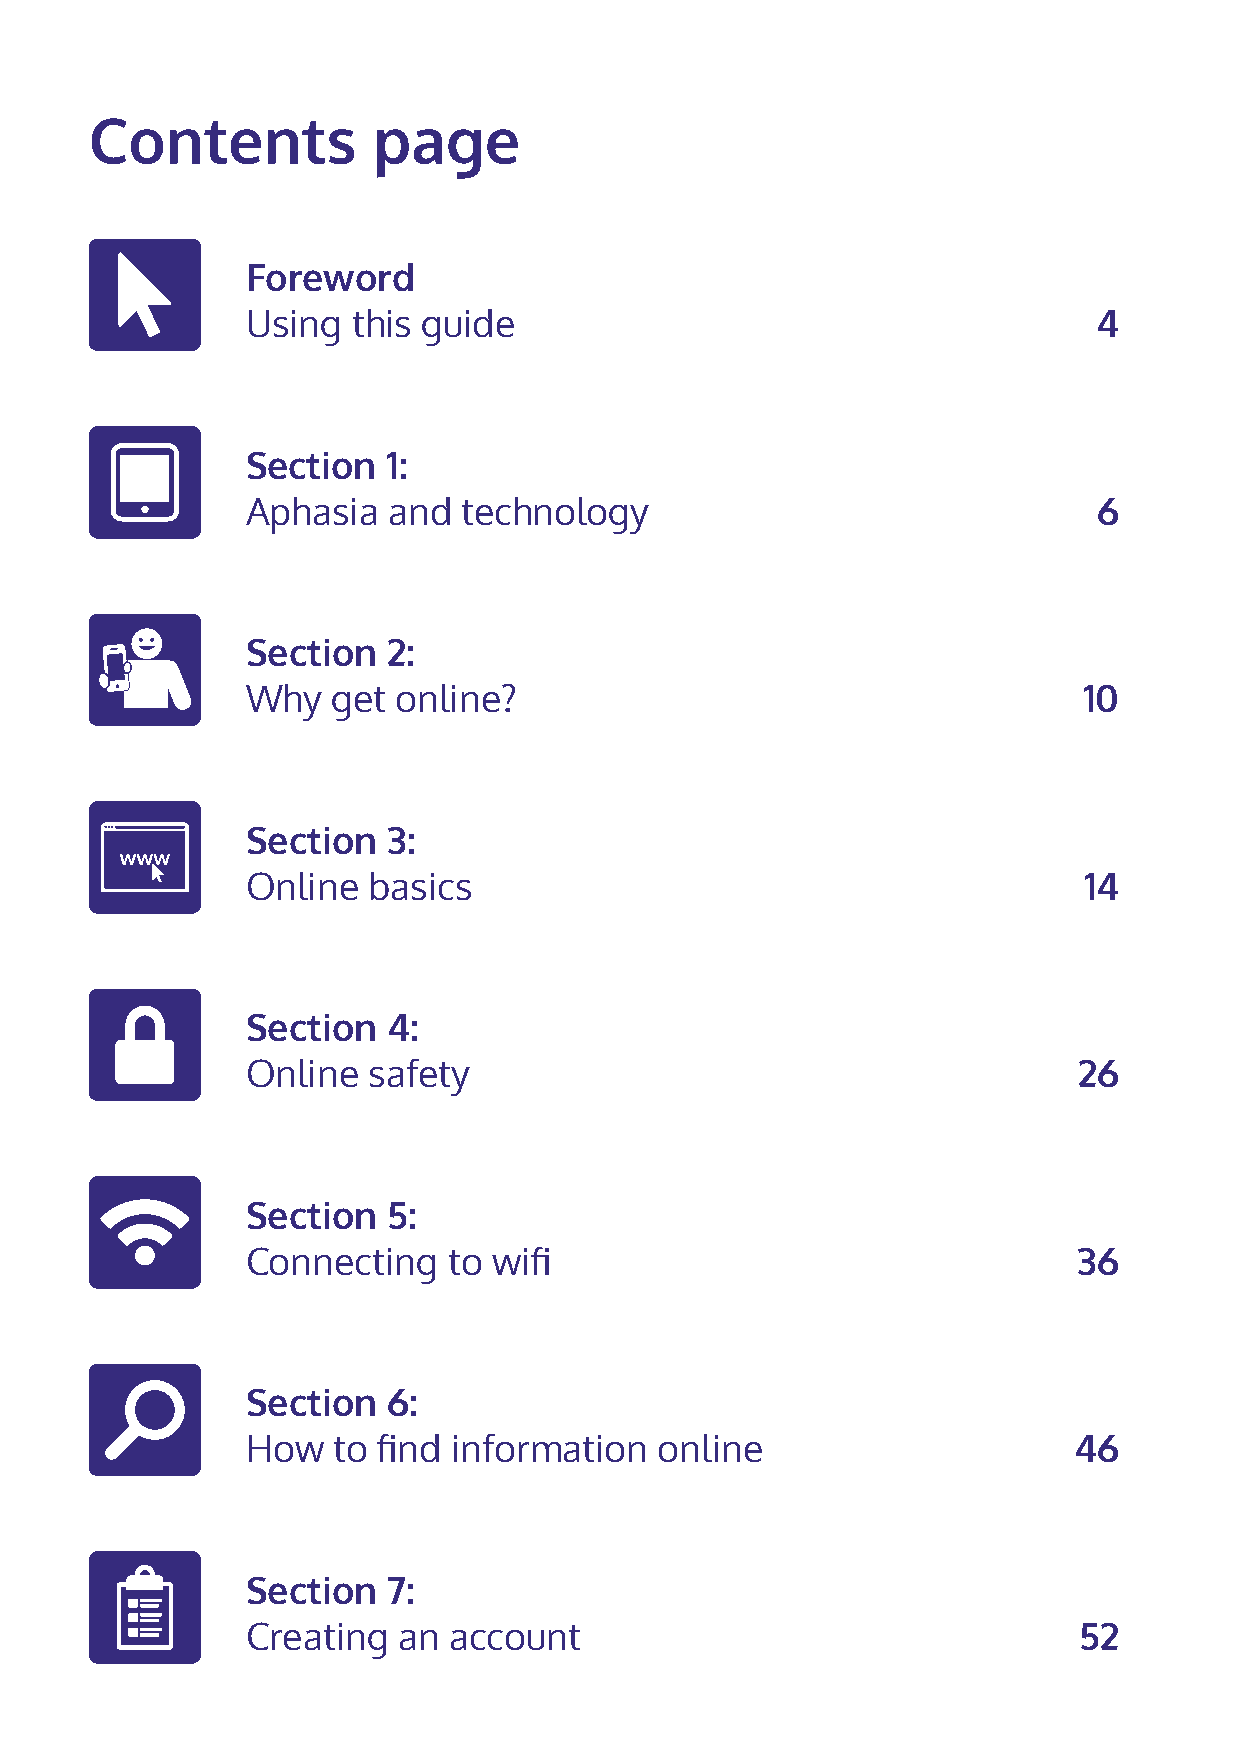
Contents           page
 Foreword
 Using  this guide                                        4
 Section   1:
 Aphasia   and  technology                                6
 Section   2:
 Why   get online?                                       10
 Section   3:
 Online  basics                                          14
 Section   4:
 Online  safety                                         26
 Section   5:
 Connecting    to wifi                                  36
 Section   6:
 How   to find information   online                     46
 Section   7:
 Creating  an  account                                  52
 2